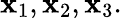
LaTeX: \mathbf{x}_{1},\mathbf{x}_{2},\mathbf{x}_{3}.